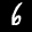
Label: 6